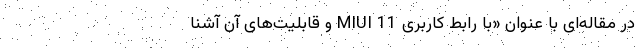
در مقاله‌ای با عنوان «با رابط کاربری MIUI 11 و قابلیت‌های آن آشنا